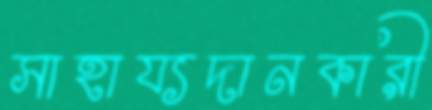
সাহায্যদানকারী